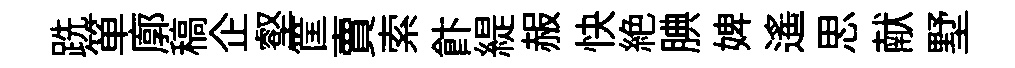
跣箪廓稿企壑筐賣索飰緹赧快絶腆婢遥思献墅